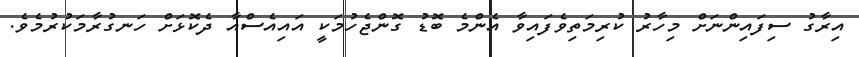
އިރާގު ސިފައިންނަަށް މިހާރު ކުރިމަތިވެފައިވާ އެންމެ ބޮޑު ގޮންޖެހުމަކީ އައިއެސްއާ ދެކޮޅަށް ހަނގުރާމަކުރުމެވެ.